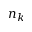
n _ { k }